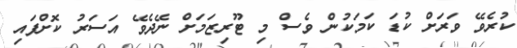
ކުރެވޭ ވަރަށް ކުޑަ ކަމަކުން ވެސް މި ޓޫރިޒަމަށް ނޭދެވޭ އަސަރު ކޮށްފައި